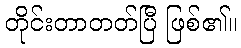
တိုင်းတာတတ်ပြီ ဖြစ်၏။